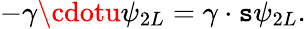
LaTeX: -\gamma\cdotu\psi_{2L}=\gamma\cdot\mathtt{s}\psi_{2L}.